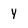
Character: y